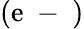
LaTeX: (\mathrm{e}\mathrm{{~-~}})